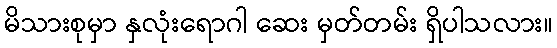
မိသားစုမှာ နှလုံးရောဂါ ဆေး မှတ်တမ်း ရှိပါသလား။